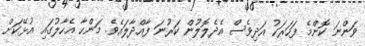
ވަންނަ ކޮންމެ ފަހަރަކު އަދިވެސް އެދެލޮލުން ކަރުނަ ފާއްދާލައެވެ. މަންހާ އެހާލުގައި އުޅޭކަށް